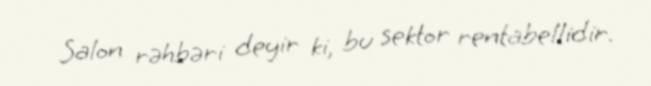
Salon rəhbəri deyir ki, bu sektor rentabellidir.